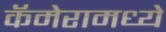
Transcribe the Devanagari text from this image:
कॅमेरामध्ये